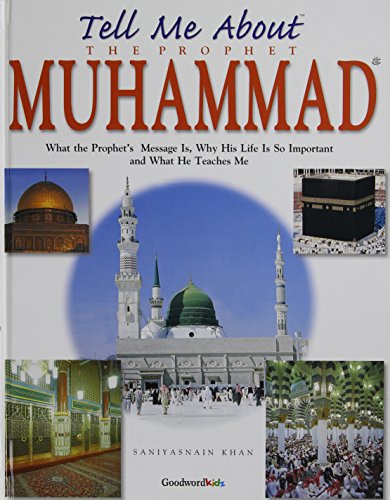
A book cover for Tell Me About the Prophet Mohammad; Saniyasnain Khan; Children's Books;